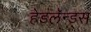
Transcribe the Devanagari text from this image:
हेडलॅन्ड्‌स